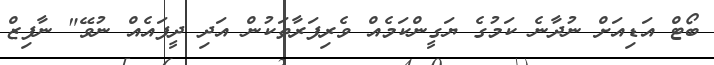
ބޯޓް އަޑިއަށް ނުދާނެ ކަމުގެ ޔަގީންކަމެއް ވެރިފަރާތަކުން އަދި ދީފައެއް ނުވޭ" ނާފިޒް